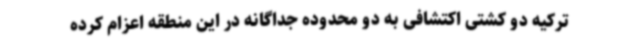
ترکیه دو کشتی اکتشافی به دو محدوده جداگانه در این منطقه اعزام کرده